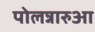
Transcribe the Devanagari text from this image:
पोलन्नारुआ